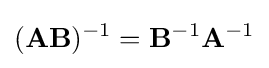
(\mathbf {A} \mathbf {B} )^{-1}=\mathbf {B} ^{-1}\mathbf {A} ^{-1}